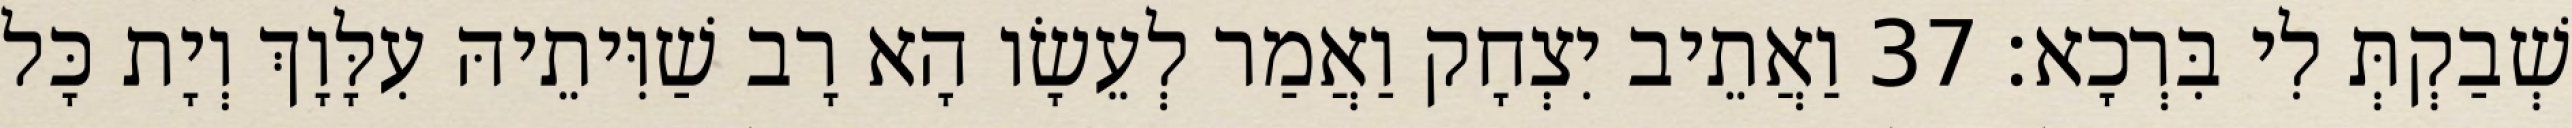
שְׁבַקְתְּ לִי בִּרְכָא׃ 37 וַאֲתֵיב יִצְחָק וַאֲמַר לְעֵשָׂו הָא רָב שַׁוִּיתֵיהּ עִלָּוָךְ וְיָת כָּל